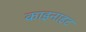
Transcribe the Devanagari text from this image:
काइनाइट